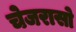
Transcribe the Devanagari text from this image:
चेजरासो